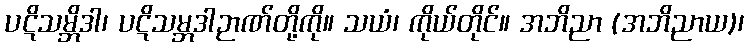
ပဋိသမ္ဘိဒါ၊ ပဋိသမ္ဘဒါဉာဏ်တို့ကို။ သယံ၊ ကိုယ်တိုင်။ အဘိညာ (အဘိညာယ)၊